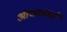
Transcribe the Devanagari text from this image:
ओघळणारे